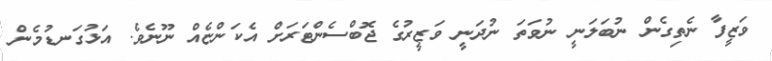
ވަޒީފާ ނެތިގެން ނުބަލަނީ ނުވަތަ ނުދަނީ ވަޒީރުގެ ޖޮބްސެންޓަރަށް އެކަންޏެއް ނޫނެވެ. އަޅުގަނޑުމެން